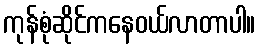
ကုန်စုံဆိုင်ကနေဝယ်လာတာပါ။